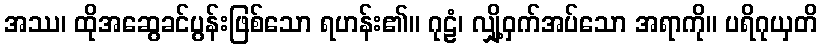
အဿ၊ ထိုအဆွေခင်ပွန်းဖြစ်သော ရဟန်း၏။ ဂုဠံ၊ လျှို့ဝှက်အပ်သော အရာကို။ ပရိဂုယှတိ